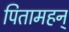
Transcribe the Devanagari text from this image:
पितामहन्